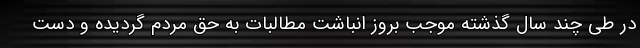
در طی چند سال گذشته موجب بروز انباشت مطالبات به حق مردم گردیده و دست